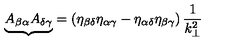
{ \underbrace { A _ { \beta \alpha } A _ { \delta \gamma } } } = \left( \eta _ { \beta \delta } \eta _ { \alpha \gamma } - \eta _ { \alpha \delta } \eta _ { \beta \gamma } \right) \frac { 1 } { k _ { \bot } ^ { 2 } }